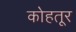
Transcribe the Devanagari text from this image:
कोहतूर